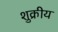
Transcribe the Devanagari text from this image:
शुक्रीय